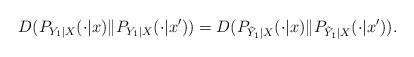
LaTeX: \begin{align*}D(P_{Y_1|X}(\cdot|x)\|P_{Y_1|X}(\cdot|x'))=D(P_{\tilde{Y}_1|X}(\cdot|x)\|P_{\tilde{Y}_1|X}(\cdot|x')).\end{align*}